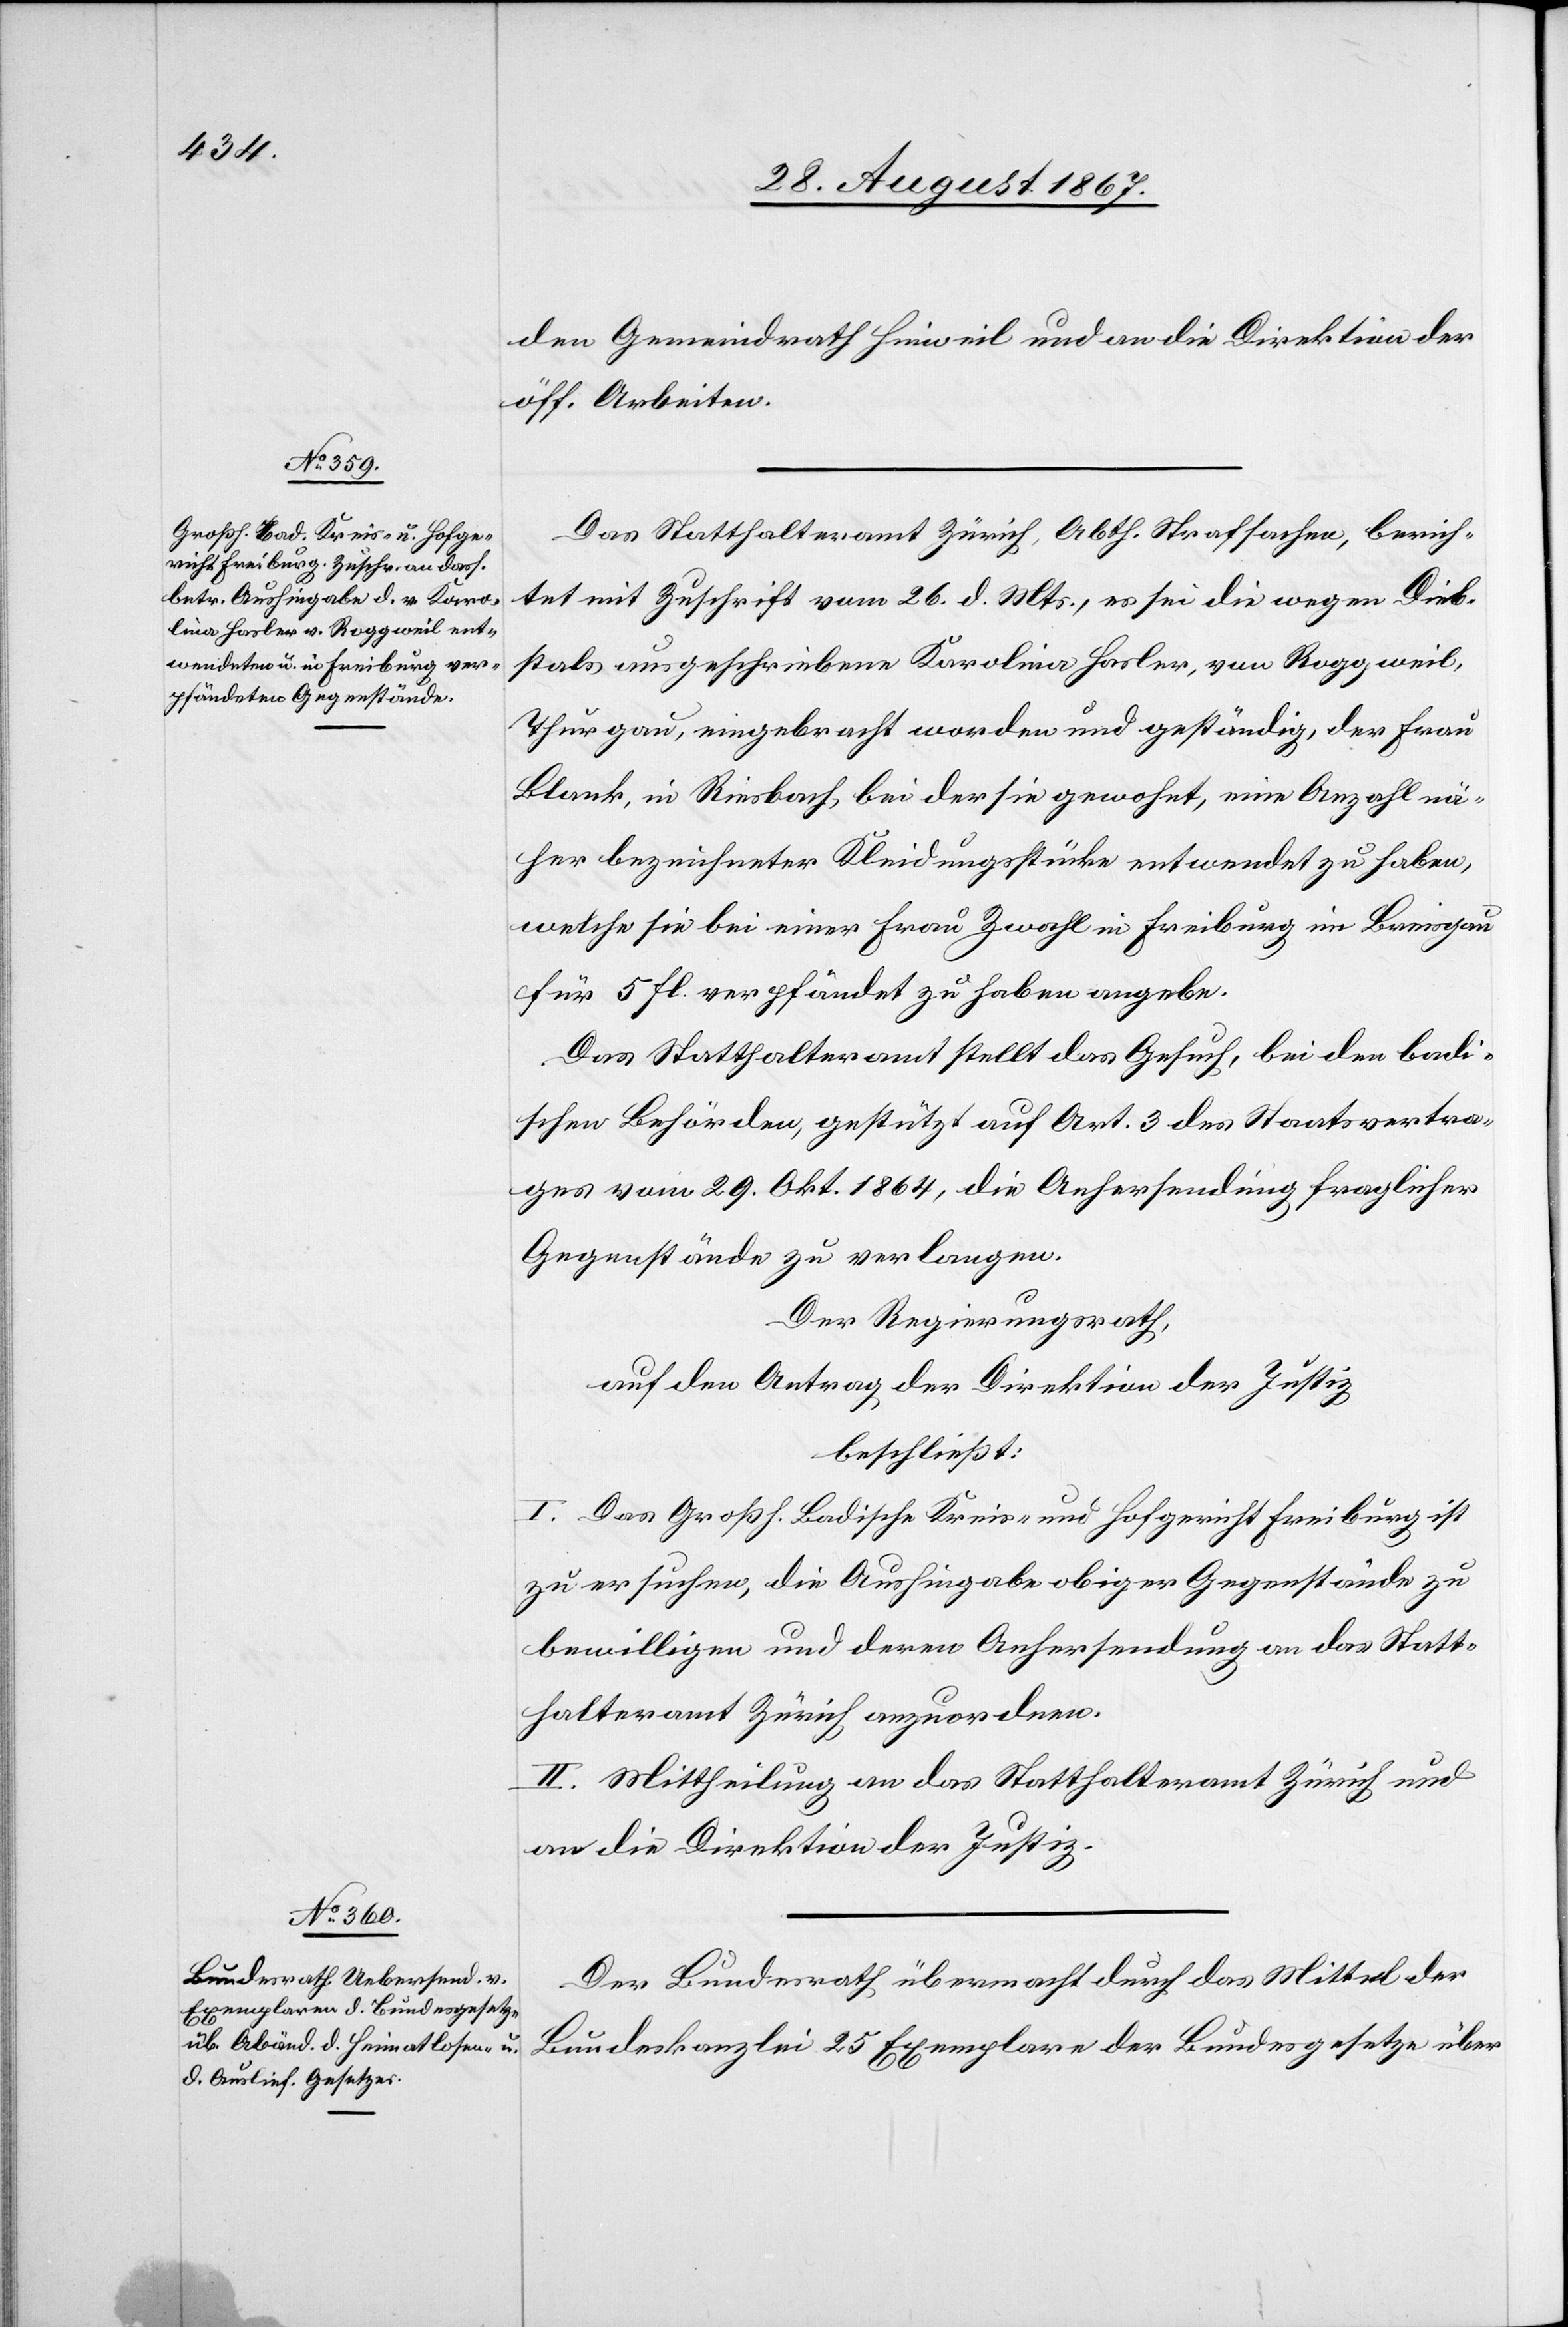
den Gemeindrath Hinweil und an die Direktion der
öff. Arbeiten.
Das Statthalteramt Zürich, Abth. Strafsachen, berich¬
tet mit Zuschrift vom 26. d. Mts., es sei die wegen Dieb¬
stals ausgeschrieben Karolina Hasler, von Roggweil,
Thurgau, eingebracht worden und geständig, der Frau
Blank, in Riesbach, bei der sie gewohnt, eine Anzahl nä¬
her bezeichneter Kleidungsstücke entwendet zu haben,
welche sie bei einer Frau Zwahl in Freiburg im Breisgau
für 5 fl. verpfändet zu haben angebe.
Das Statthalteramt stellt das Gesuch, bei den badi¬
schen Behörden, gestützt auf Art. 3 des Staatsvertra¬
ges vom 29. Okt. 1864, die Anhersendung fraglicher
Gegenstände zu verlangen.
Der Regierungsrath,
auf den Antrag der Direktion der Justiz,
beschließt:
I. Das Großh. Kreis- und Hofgericht Freiburg ist
zu ersuchen, die Aushingabe obiger Gegenstände zu
bewilligen und deren Anhersendung an das Statt¬
halteramt Zürich anzuordnen.
II. Mittheilung an das Statthalteramt Zürich und
an die Direktion der Justiz.
Der Bundesrath übermacht durch das Mittel der
Bundeskanzlei 25 Exemplare der Bundesgesetze über